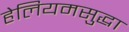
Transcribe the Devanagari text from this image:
हेलियमसुद्धा